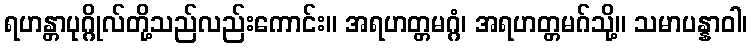
ရဟန္တာပုဂ္ဂိုလ်တို့သည်လည်းကောင်း။ အရဟတ္တမဂ္ဂံ၊ အရဟတ္တမဂ်သို့။ သမာပန္နာဝါ၊